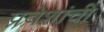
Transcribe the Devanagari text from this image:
प्रवेशांची